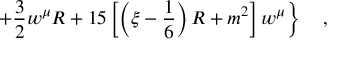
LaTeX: \left. + \frac 3 2 w ^ { \mu } R + 1 5 \left[ \left( \xi - \frac 1 6 \right) R + m ^ { 2 } \right] w ^ { \mu } \right\} ~ ~ ~ ,